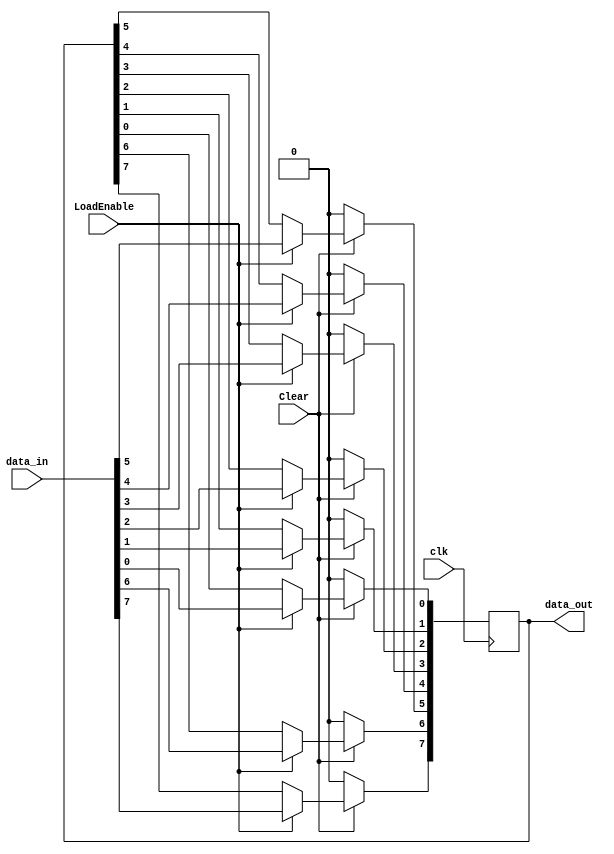
`timescale 1ns / 1ps
//////////////////////////////////////////////////////////////////////////////////
// Company: NITH
// 
// Design Name: FSM based FIFO architecture
// Module Name: WRITE_BUFFER
// Project Name: FSM based FIFO architecture
// Target Devices: SPARTAN-3
// Tool Versions: 2020.1
// Description: write buffer will store data from input terminal. It is an
//              8-bit buffer register. Control signals and terminals are as follows:-
//              1.LoadEnable
//              2.Clear
//              3.Datain
//              4.Dataout
// Dependencies: 
// 
// Revision:
// Revision 0.01 - File Created
// Additional Comments: Clear is active low.
// 
//////////////////////////////////////////////////////////////////////////////////


module WRITE_BUFFER #(parameter width= 7) (
    output wire [width:0] data_out,
    input wire [width:0]  data_in,
    input wire LoadEnable,
    input wire Clear,
    input wire clk
    );

    reg [width:0] write_buffer;

    always @(posedge clk) begin
        if(!Clear) ClearLogic();
        else if(LoadEnable== 1'b1) write_buffer<= data_in;
        else write_buffer<= write_buffer;           //to prevent Latch inference
    end

    //task to clear write_buffer 
    //helps for parameterized instantiation
    task ClearLogic();
    integer j;
    begin
        for (j= 0; j<= width; j= j+1) begin
            write_buffer[j]= 1'b0;
        end
    end
    endtask

    assign data_out= write_buffer;

endmodule